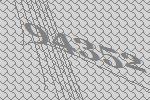
94352